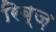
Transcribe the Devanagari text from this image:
रिब्ज़